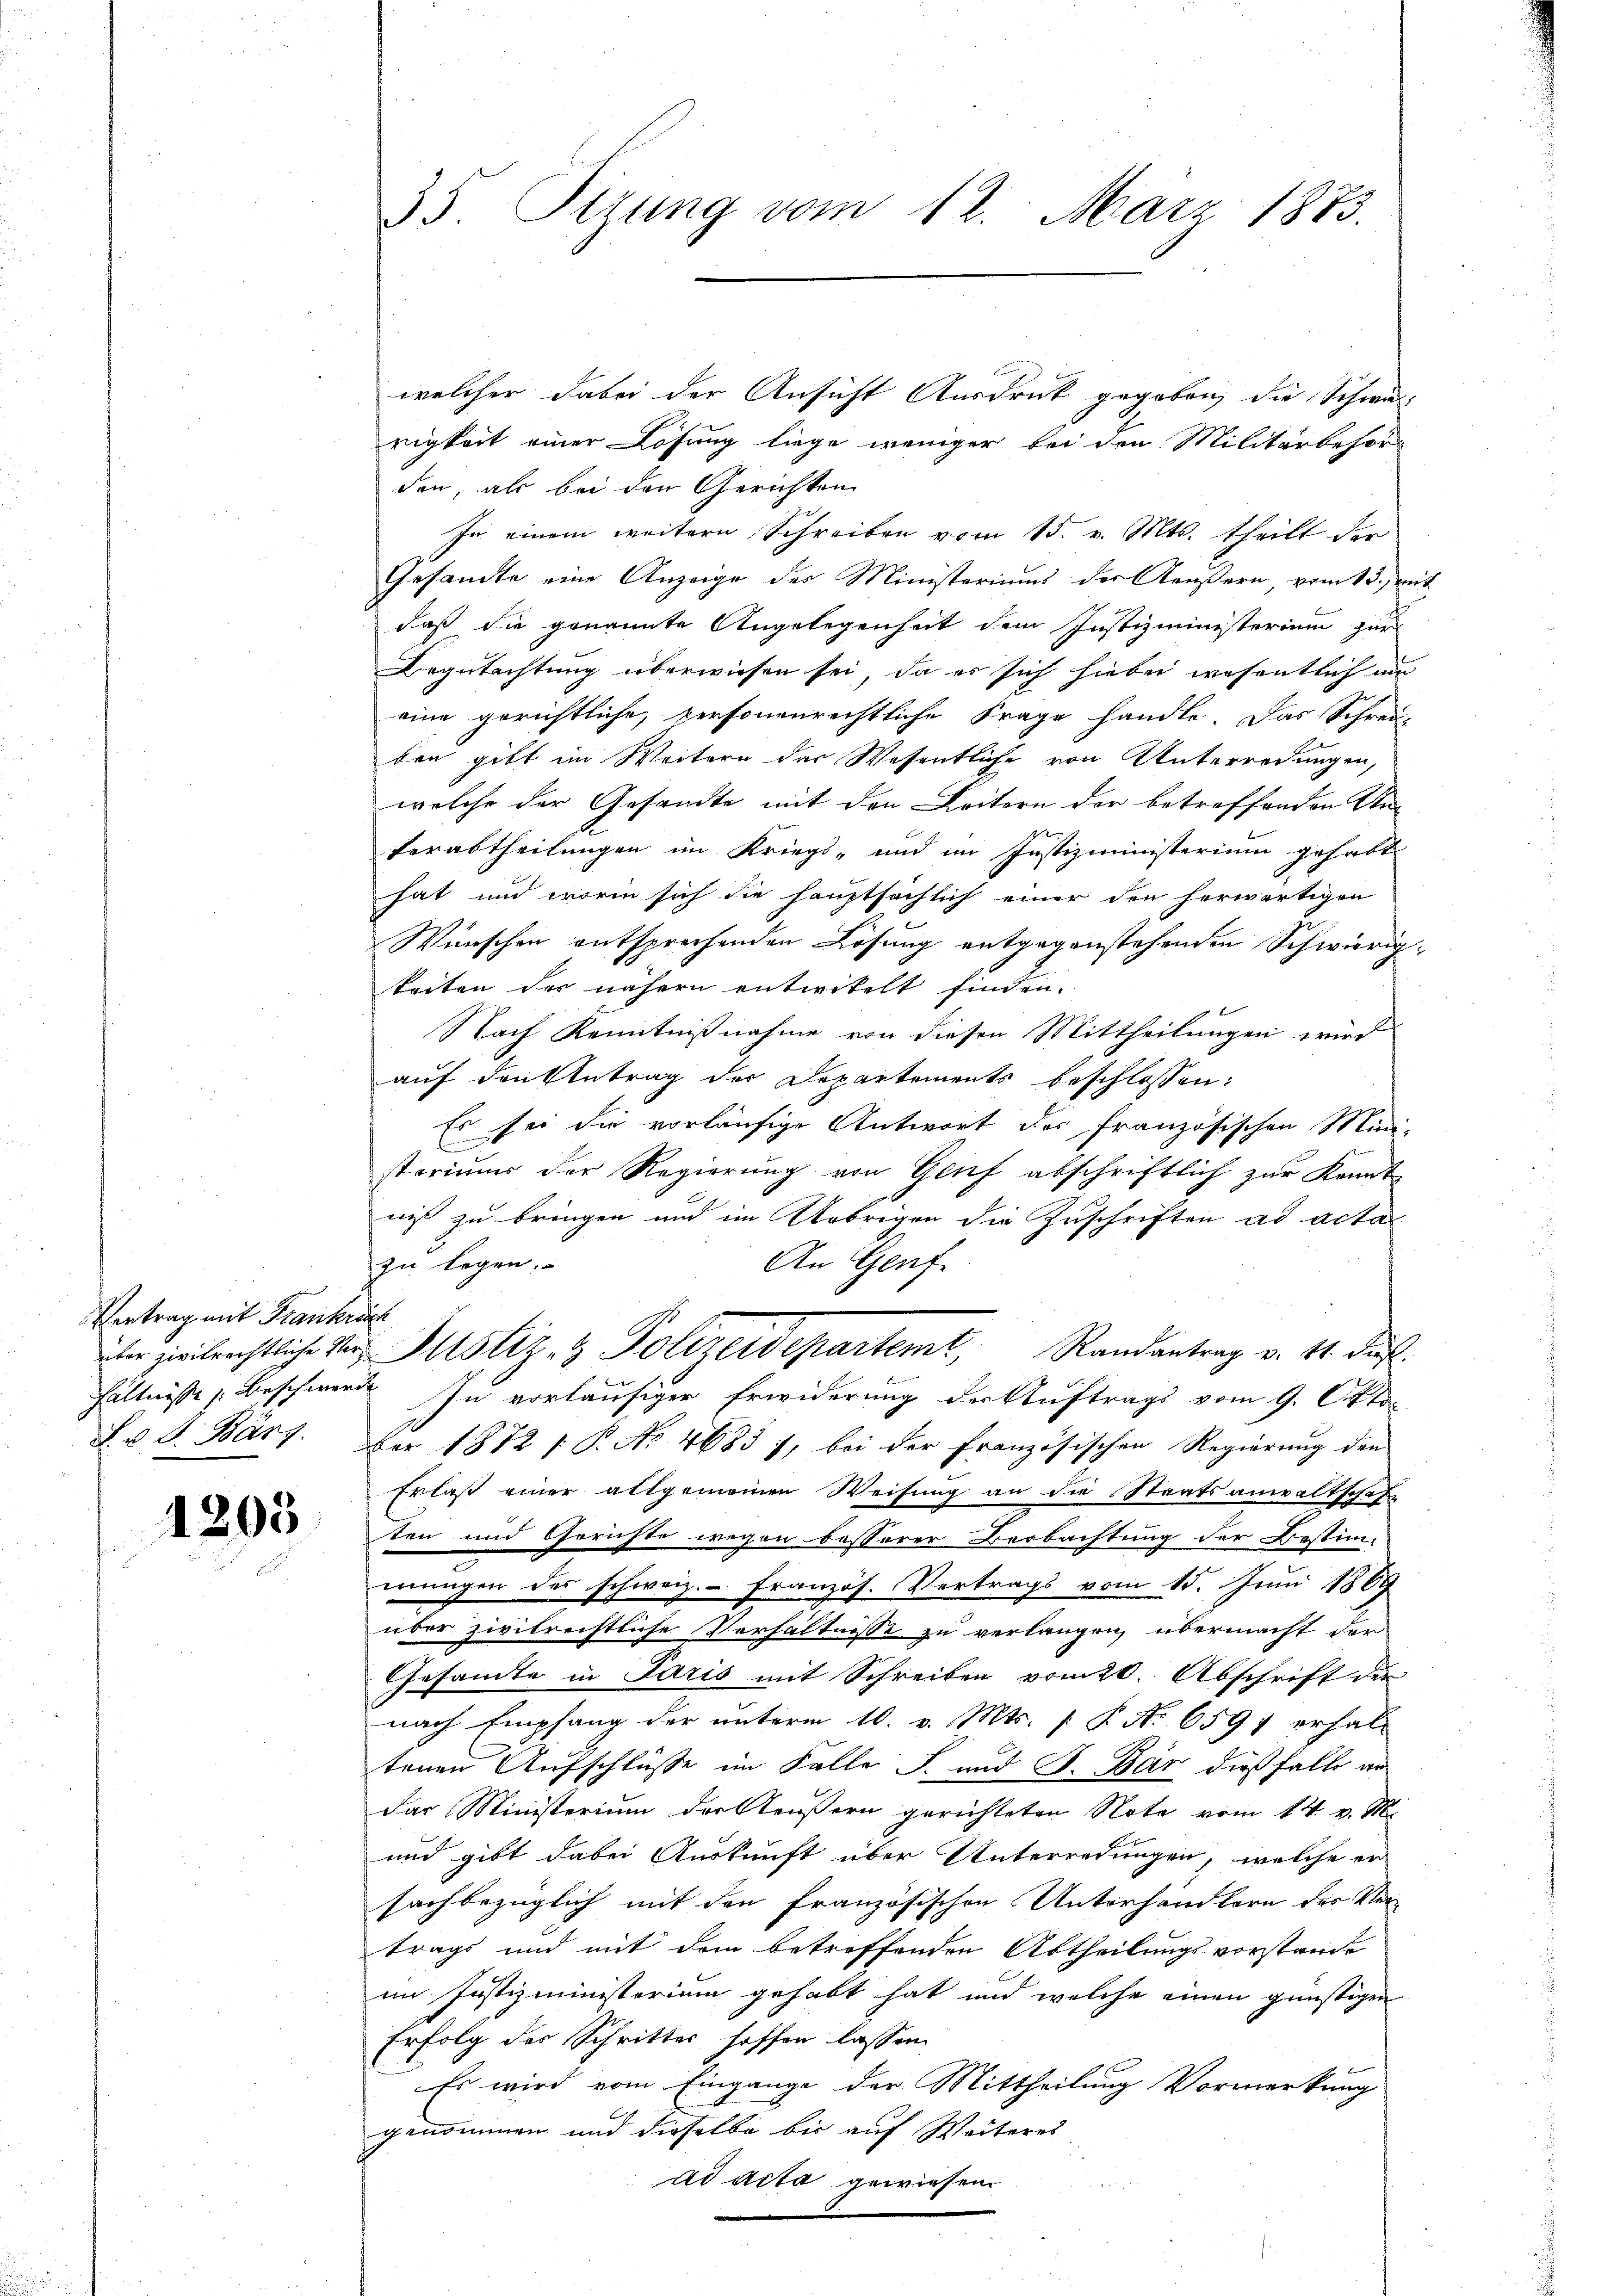
Vertrag mit Frankrech

1205

35. Sizung vom 12. März 1873.

welcher dabei der Ansicht Ausdruck gegeben, die Schwarigkeit einer Lösung liege weniger bei den Militärbesor
den, als bei den Gerichten
In einem weitere Schreiben vom 15. v. Mts. theilt der
Gesandte eine Anzeige des Ministeriums der Aeußern, vom 13. Zeit
daß die genannte Angelegenheit dem Justizministerium zur
Begutachtung überwiesen sei, da es sich hiebei wesentlich am
eine gerichtliche, personenrechtliche Frage handle. Das Schrei-
ben gibt im Weitern das Wesentliche von Unterredungen,
welche der Gesandte mit den Leitern der betreffenden An-

Verabtheilungen im Kriegs- und im Justizministerium gehabt
hat und worin sich die hauptsächlich einer den herwärtigen
Wünschen entsprechenden Lösung entgegenstehenden Schwierig-
keiten der nähern entwitelt finden.
Nach Kenntnißnahme von diesen Mittheilungen wird
auf den Antrag der Departements beschlossen:
Es sei die vorläufige Antwort der französischen Mini-
steriums der Regierung von Genf abschriftlich zur Kennt
niß zu bringen und im Uebrigen die Zuschriften ad acta
zu legen.
An Genf
über zivilrechtliche der Mustiz- & Polizeidepartemt, Randantrag v. 14. Fuß.
hältnisse Beschwerde. In vorläufiger Erwiderung der Auftrags vom 9. Okto
F. J. Bart. Der 1872 / P. No 4683 7, bei der französischen Regierŭng den
Erlaß einer allgemeinen Weisung an die Staatsanwaltschafte
ten und Gerichte wegen besserer Beobachtung der Bestim-
mungen des schweiz. - Französ. Vertrags vom 15. Juni 1869
über zivilrechtliche Verhältnisse zu verlangen, übermacht der
Gesamte in Paris mit Schreiben vom 20. Abschrift der
nach Empfang der unterm 10. v. Mts. [ P. Nr. 6597 erhalt
tenen Aufschlüsse im Falle J. und S. Bar dießfalls an
Das Ministerium der Aeußern gerichteten Note vom 14. v. M.
und gibt dabei Auskunft über Unterredungen, welche er
sachbezüglich mit den französischen Unterhandlern des Ver-
trags und mit dem betreffenden Abtheilungsvorstande
im Justizministerium gehabt hat und welche einen günstigen
Erfolg der Schritter hoffen lassen
Es wird vom Eingange der Mittheilung Vormerkung
genommen und dieselbe bis auf Weiteres
ad acta gewiesen.